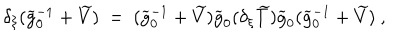
LaTeX: \delta _ { \xi } ( \widetilde g _ { 0 } ^ { - 1 } + \widetilde V ) \ = \ ( \widetilde g _ { 0 } ^ { - 1 } + \widetilde V ) \widetilde g _ { 0 } ( \delta _ { \xi } \widetilde T ) \widetilde g _ { 0 } ( \widetilde g _ { 0 } ^ { - 1 } + \widetilde V ) \ ,